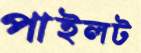
পাইলট